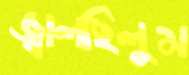
জ্বালছিলুম